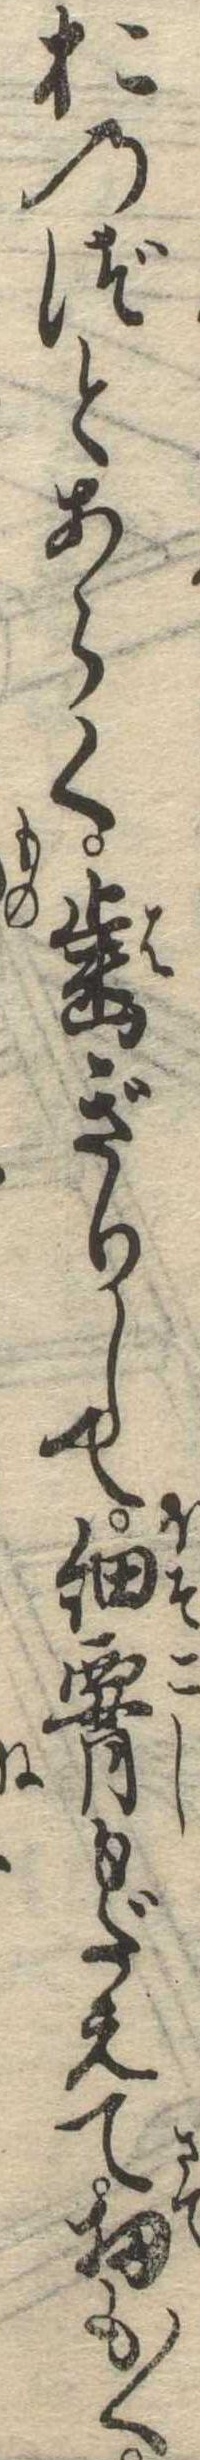
おのづとあらく歯ぎりして細腰もだえて扨も〱